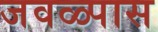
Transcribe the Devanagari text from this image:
जवळ्पास